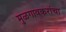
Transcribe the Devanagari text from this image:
मुळगावकरांचा